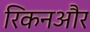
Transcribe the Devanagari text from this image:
रिकनऔर